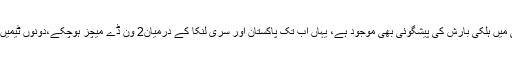
دوپہر کے بعد پالے کیلی میں ہلکی بارش کی پیشگوئی بھی موجود ہے، یہاں اب تک پاکستان اور سری لنکا کے درمیان2 ون ڈے میچز ہوچکے،دونوں ٹیمیں ایک ایک میں فاتح رہیں۔